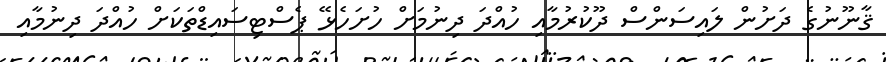
ޤާނޫނުގެ ދަށުން ލައިސަންސް ދޫކުރުމާއި ހުއްދަ ދިނުމަށް ހުށަހެޅޭ ޕެސްޓިސައިޑްތަކަށް ހުއްދަ ދިނުމާއި